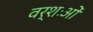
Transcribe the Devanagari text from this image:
वर्शःओं